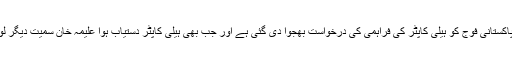
ڈپٹی کمشنر کے دفتر کے ذرائع کے مطابق پاکستانی فوج کو ہیلی کاپٹر کی فراہمی کی درخواست بھجوا دی گئی ہے اور جب بھی ہیلی کاپٹر دستیاب ہوا علیمہ خان سمیت دیگر لوگوں کو متاثرہ علاقے سے نکال لیا جائے گا۔